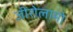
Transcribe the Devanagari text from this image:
जीरोलामो